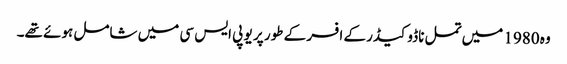
وہ 1980 میں تمل ناڈو کیڈر کے افسر کے طور پر یو پی ایس سی میں شامل ہوئے تھے۔